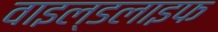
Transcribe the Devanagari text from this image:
वाइल्‍डलाइफ